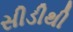
સીડીથી